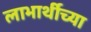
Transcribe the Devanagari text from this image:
लाभार्थीच्या